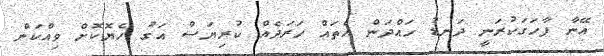
އޭނާ ފާހަގަކުރަނީ ދަނޑު ހައްދަން އެތައް ހަރަދެއް ކުރިޔަސް އަގު ހެޔޮކޮށް ވިއްކަން